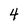
Character: 4